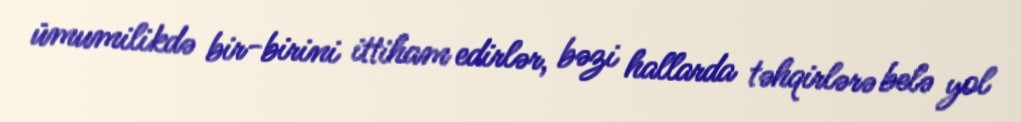
ümumilikdə bir-birini ittiham edirlər, bəzi hallarda təhqirlərə belə yol